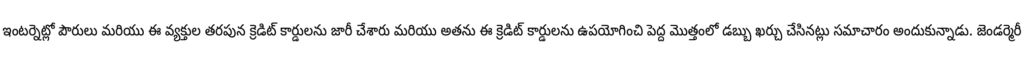
ఇంటర్నెట్లో పౌరులు మరియు ఈ వ్యక్తుల తరపున క్రెడిట్ కార్డులను జారీ చేశారు మరియు అతను ఈ క్రెడిట్ కార్డులను ఉపయోగించి పెద్ద మొత్తంలో డబ్బు ఖర్చు చేసినట్లు సమాచారం అందుకున్నాడు. జెండర్మెరీ